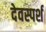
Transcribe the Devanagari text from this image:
देवस्पर्श